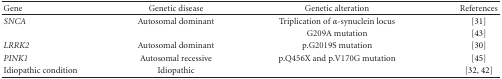
| Gene | Genetic disease | Genetic alteration | References |
 | --- | --- | --- | --- |
 | SNCA | Autosomal dominant | Triplication of α-synuclein locus | [31] |
 |  |  | G209A mutation | [43] |
 | LRRK2 | Autosomal dominant | p.G2019S mutation | [30] |
 | PINK1 | Autosomal recessive | p.Q456X and p.V170G mutation | [45] |
 | Idiopathic condition | Idiopathic |  | [32, 42] |